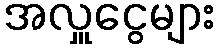
အလှူငွေများ